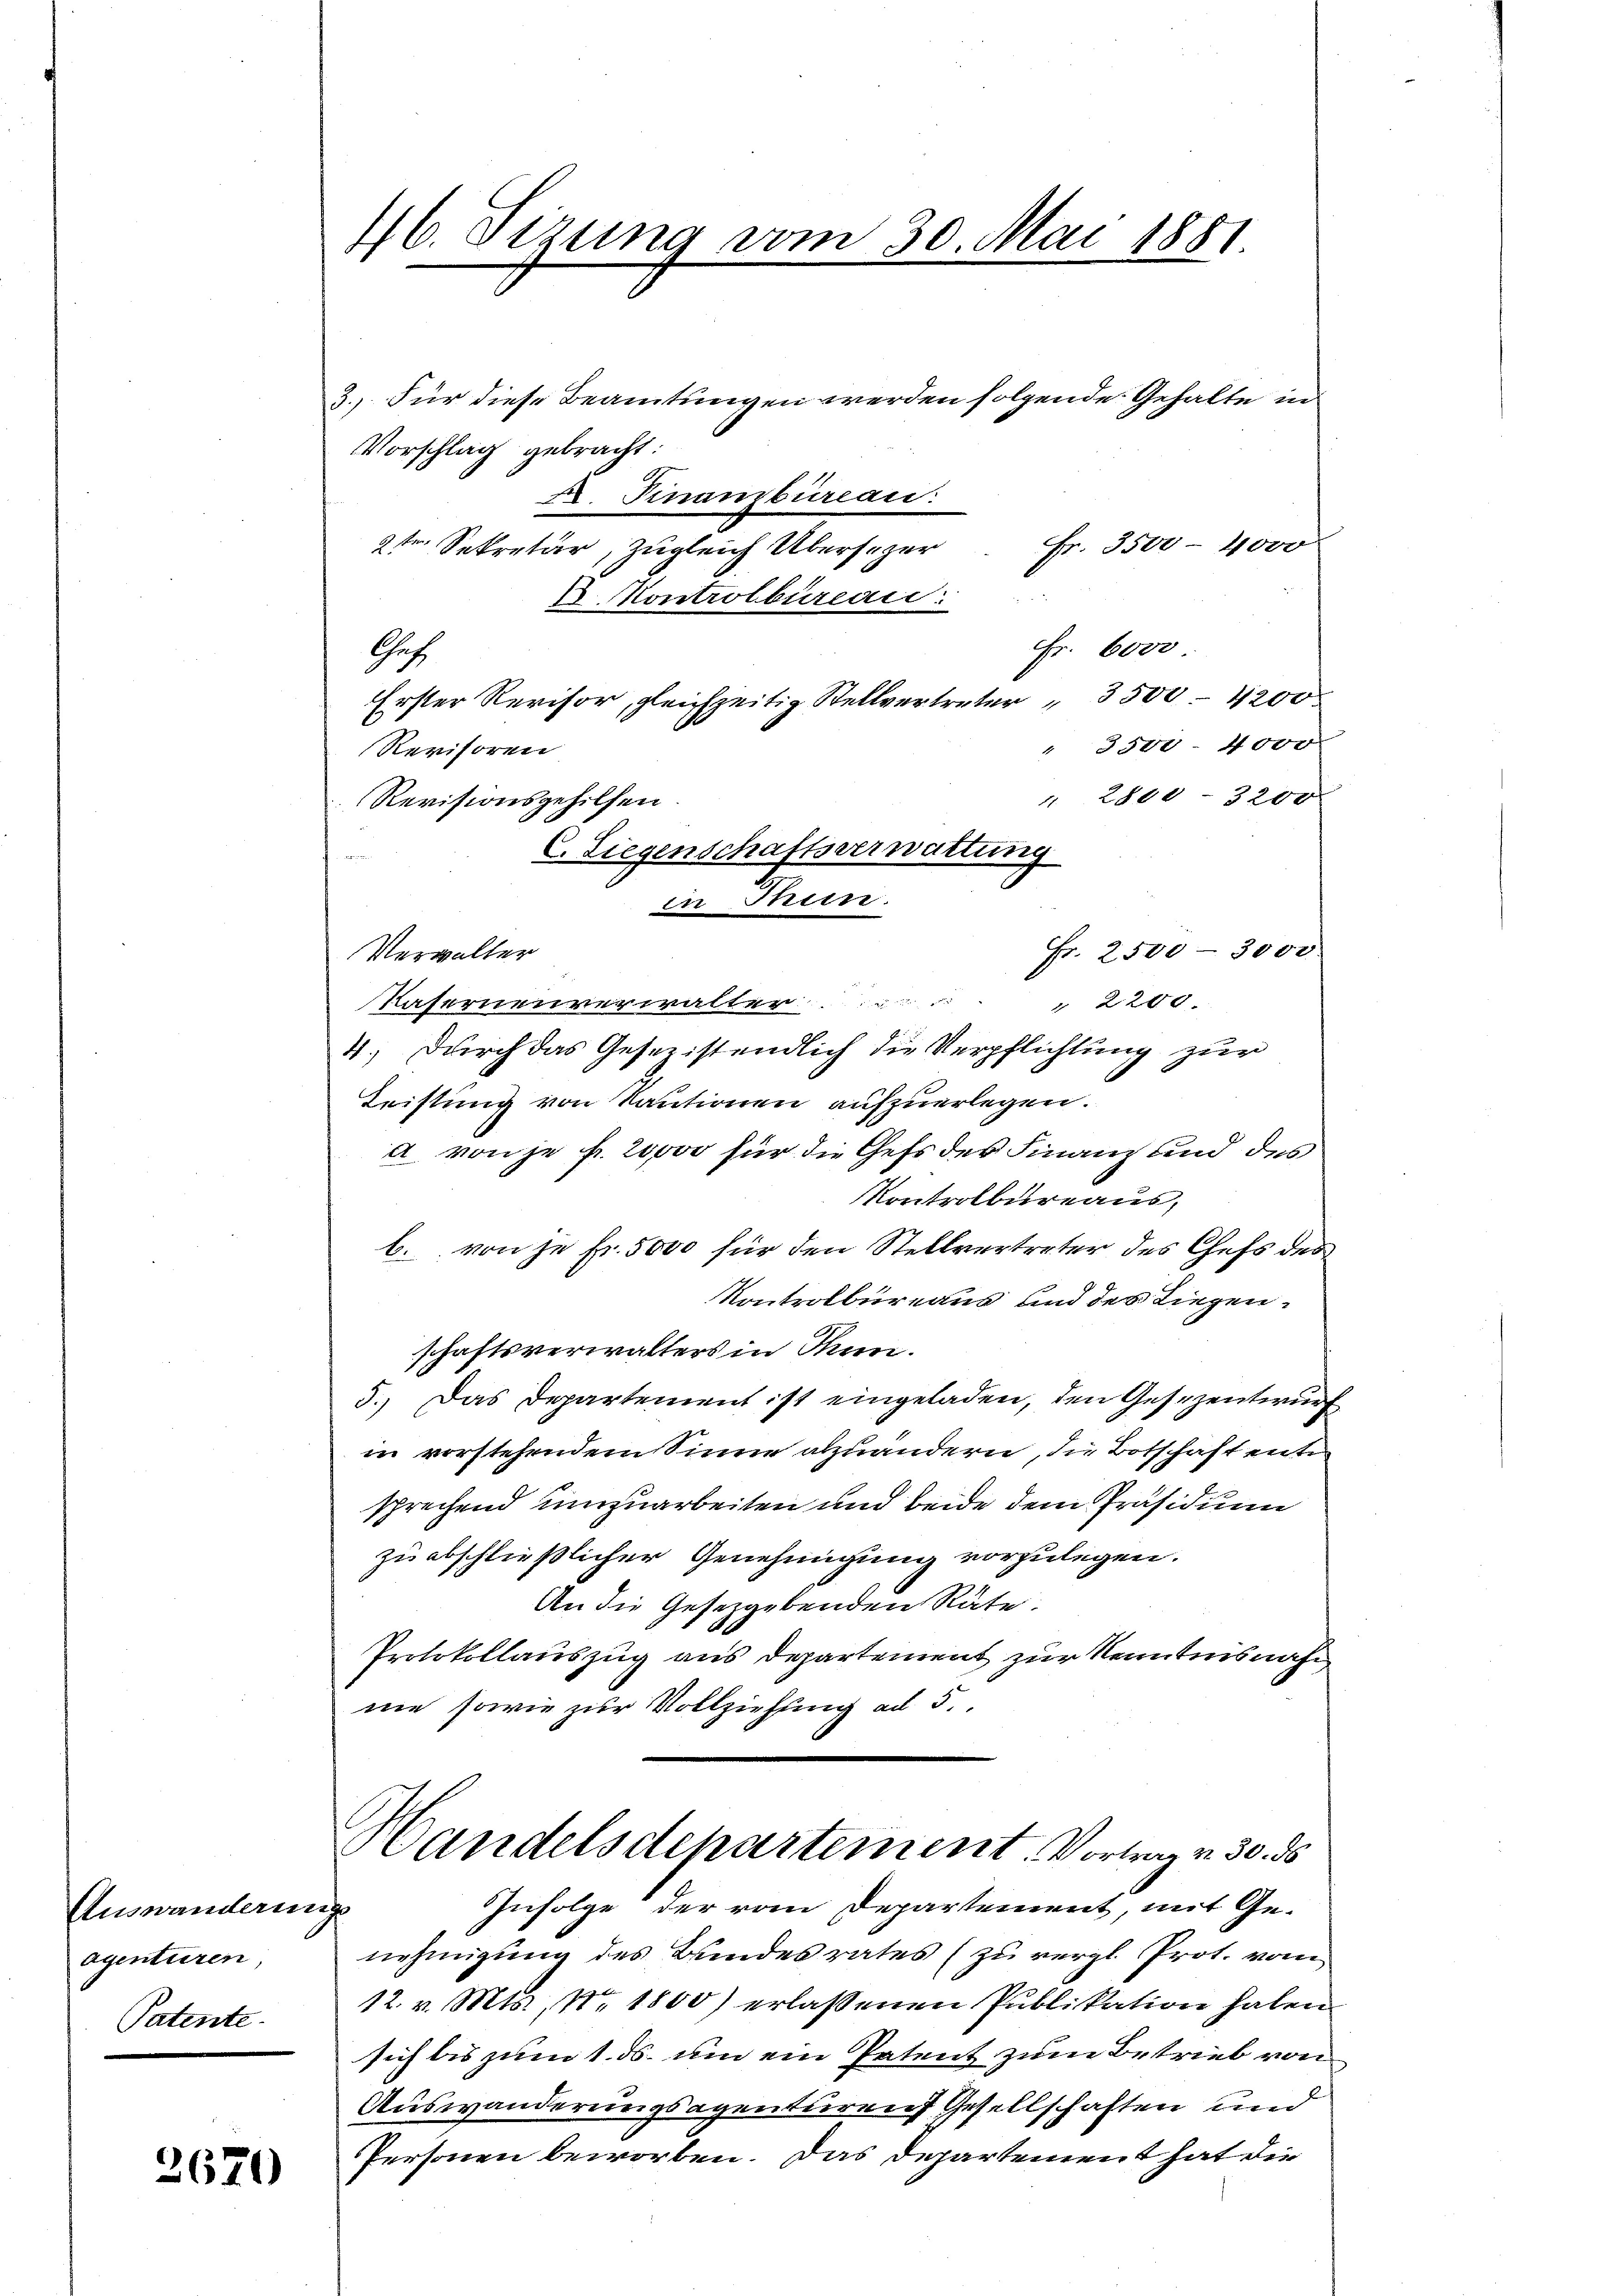
Auswanderungs
agenturen
Patente

2670

46. Sizung vom 30. Mai 1851.

3.) Für diese Beamtungen werden folgende Gehalte in
Vorschlag gebracht:
Dr. Finanzbureau:
Fr. 3500 - 4000
str. Sekretär, zugleich Übersezer
I. Kontrolbureau.
Fr. 6000
Ges.
Erster Revisor, gleichzeitig Stellvertreter 3500. 4200
" 3500 - 4000
Revisoren
 2800 - 3200.
Verwalter
Fr. 2500 - 3000
Kafernenverwalter....
" 2240
4.) Durch das Gesezistendlich die Verpflichtung zur
Leistung von Kautionen aufzuerlegen.
a von je f. 20000 für die Chefs des Finanz und des
Kontrolbureaus,
b. von je Fr. 5000 für den Stellvertreter des Chefs des
Kontrolbureaus und des Liegenschaftsverwalters in Thun.
5.) Das Departement ist eingeladen, den Gesezentwurf
in vorstehendem Sinne abzuändern, die Botschaft ent
sprechend umzuarbeiten und beide dem Präsidium
zu abschließlicher Genehmigung vorzulegen.
An die Gesetzgebenden Räte.
Protokollauszug aus Departement zur Kenntnisnahne sowie zur Vollziehung ad 5.
Handelsdchartement. Vortrag v. 30. ds
Infolge der vom Departement, mit Ge-
nehmigung des Bundesrates (zu vergl. Prot. vom
12. v. Mts., No 1800) erlassenen Publikation haben
sich bis zum 1. ds. um ein Patent zum Betrieb von
Auswanderungsagenturen Gesellschaften und
Personen beworben. Das Departement hat die

Revisionsgehilfen.
C. Liegenschaftsverwaltung
in Seen.